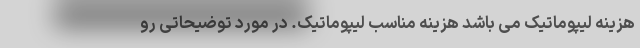
هزینه لیپوماتیک می باشد هزینه مناسب لیپوماتیک. در مورد توضیحاتی رو